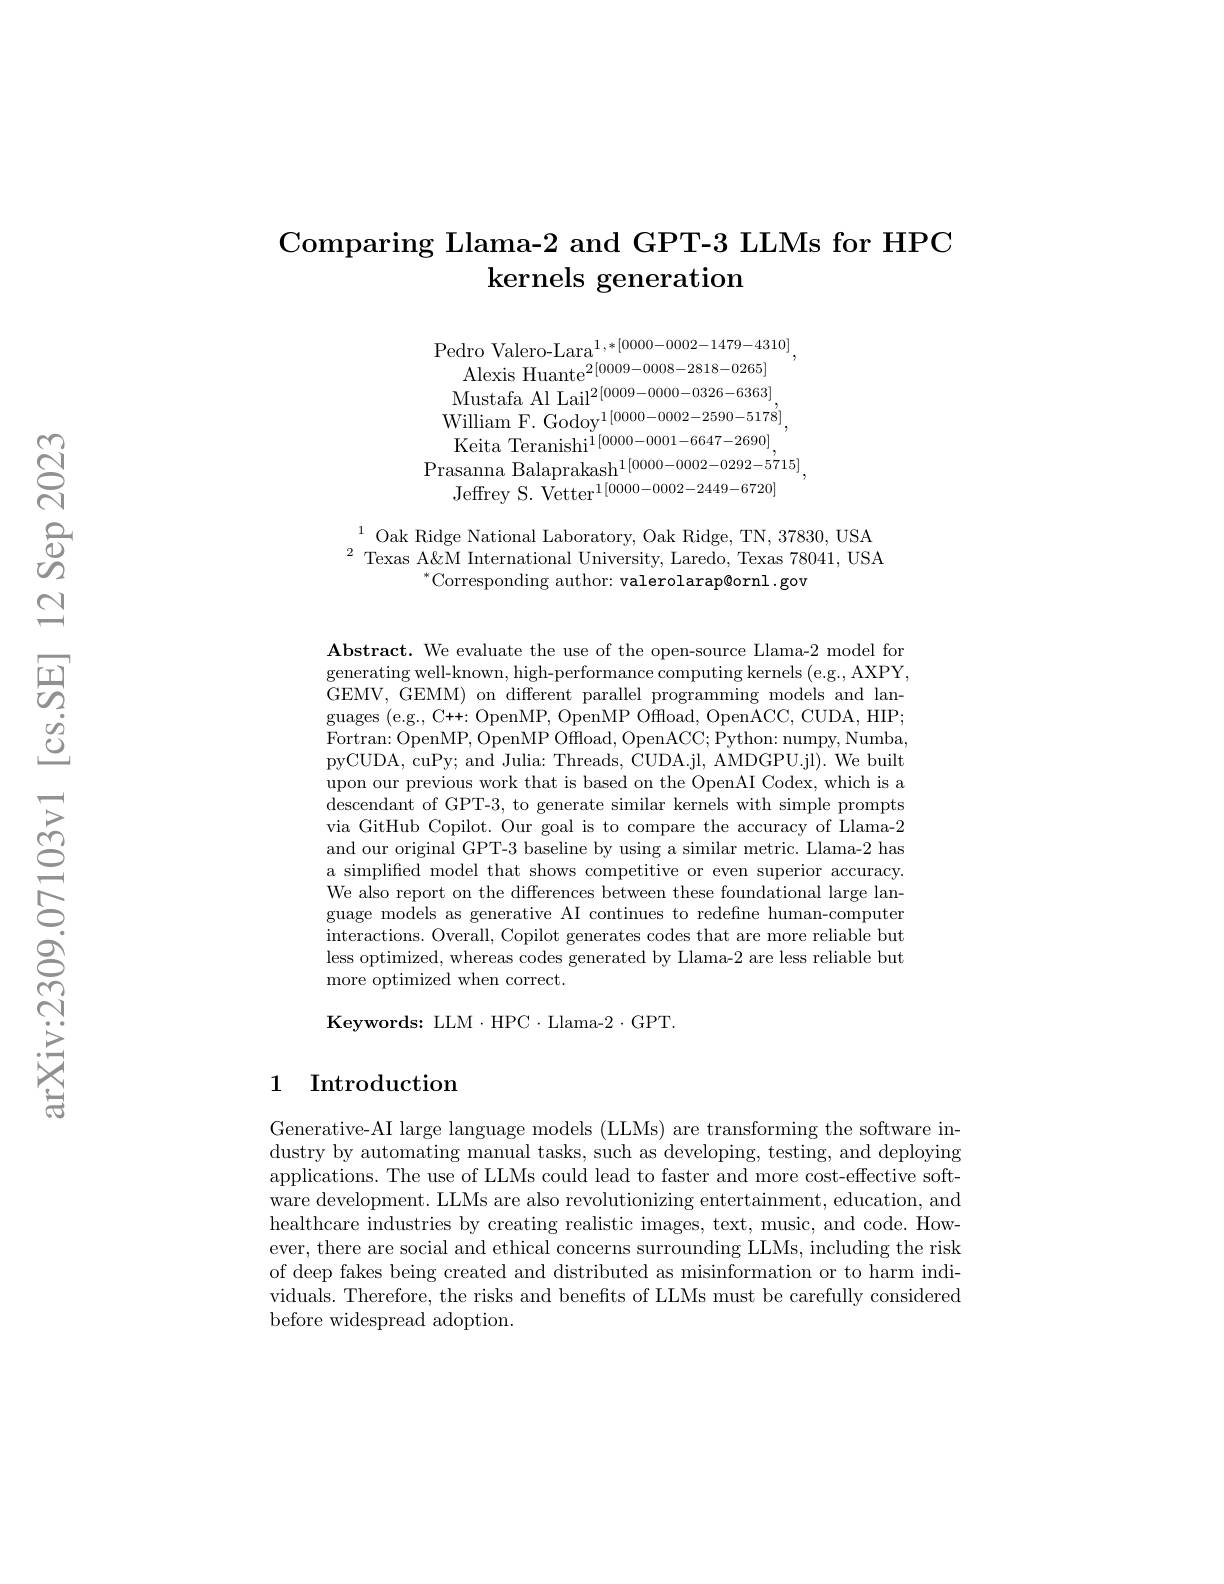
## Comparing Llama-2 and GPT-3 LLMs for HPC $\textbf{kernels generation}$

Pedro Valero-Lara$^1,*[0000-0002-1479-4310]$,
${\mathrm{Alexis~Huante}^{2[0009-0008-2818-0265]}}$ $\begin{array}{c}{\mathrm{Alexis~11uante}}\\{\mathrm{Mustafa~Al~Lail}^{2[0009-0000-0326-6363]},}\end{array}$ William F. Godoy$^{1[0000-0002-2590-5178]}$, Keita Teranishi$^{1[0000-0001-6647-2690]}$,
$\begin{array}{c}{{\mathrm{Prasanna~Balaprakash}^{1[0000-0002-0292-5715]}}},\\{{\mathrm{Prasanna~Balaprakash}^{1[0000-0002-0292-5715]}}},\end{array}$
${\mathrm{Jeffrey~S.~Vetter}^{1[0000-0002-2449-6720]}}$

$^{1}$Oak Ridge National Laboratory, Oak Ridge, TN, 37830, USA $^2$ Texas A&M International University, Laredo, Texas 78041, USA
$^{*}$Corresponding author: valerolarap@ornl.gov

Abstract. We evaluate the use of the open-source Llama-2 model for generating well-known, high-performance computing kernels (e.g., AXPY, GEMV, GEMM) on different parallel programming models and languages $( e. g. , C+ + : OpenMP, OpenMP Offload, OpenACC, CUDA, HIP;$ Fortran: OpenMP, OpenMP Offload, OpenACC; Python: numpy, Numba, pyCUDA, cuPy; and Julia: Threads, CUDA.jl, AMDGPU.jl). We built upon our previous work that is based on the OpenAI Codex, which is a descendant of GPT-3, to generate similar kernels with simple prompts via GitHub Copilot. Our goal is to compare the accuracy of Llama-2 and our original GPT-3 baseline by using a similar metric. Llama-2 has a simplified model that shows competitive or even superior accuracy. We also report on the differences between these foundational large language models as generative AI continues to redefine human-computer interactions. Overall, Copilot generates codes that are more reliable but less optimized, whereas codes generated by Llama-2 are less reliable but more optimized when correct.

Keywords: LLM$\cdot$HPC$\cdot$Llama- 2$\cdot$GPT.

## 1 Introduction

Generative-AI large language models (LLMs) are transforming the software industry by automating manual tasks, such as developing, testing, and deploying applications. The use of LLMs could lead to faster and more cost-effective software development. LLMs are also revolutionizing entertainment, education, and healthcare industries by creating realistic images, text, music, and code. However, there are social and ethical concerns surrounding LLMs, including the risk of deep fakes being created and distributed as misinformation or to harm individuals. Therefore, the risks and benefits of LLMs must be carefully considered before widespread adoption.